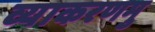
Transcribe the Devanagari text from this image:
व्याकरणमु